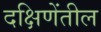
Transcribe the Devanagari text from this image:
दक्षिणेंतील